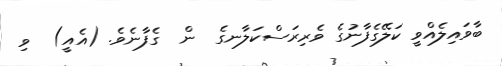
ބާވައިލެއްވީ ކަލޭގެފާނުގެ ވެރިރަސްކަލާނގެ  ން  ގެފާނެވެ. (އެއީ)  ވި